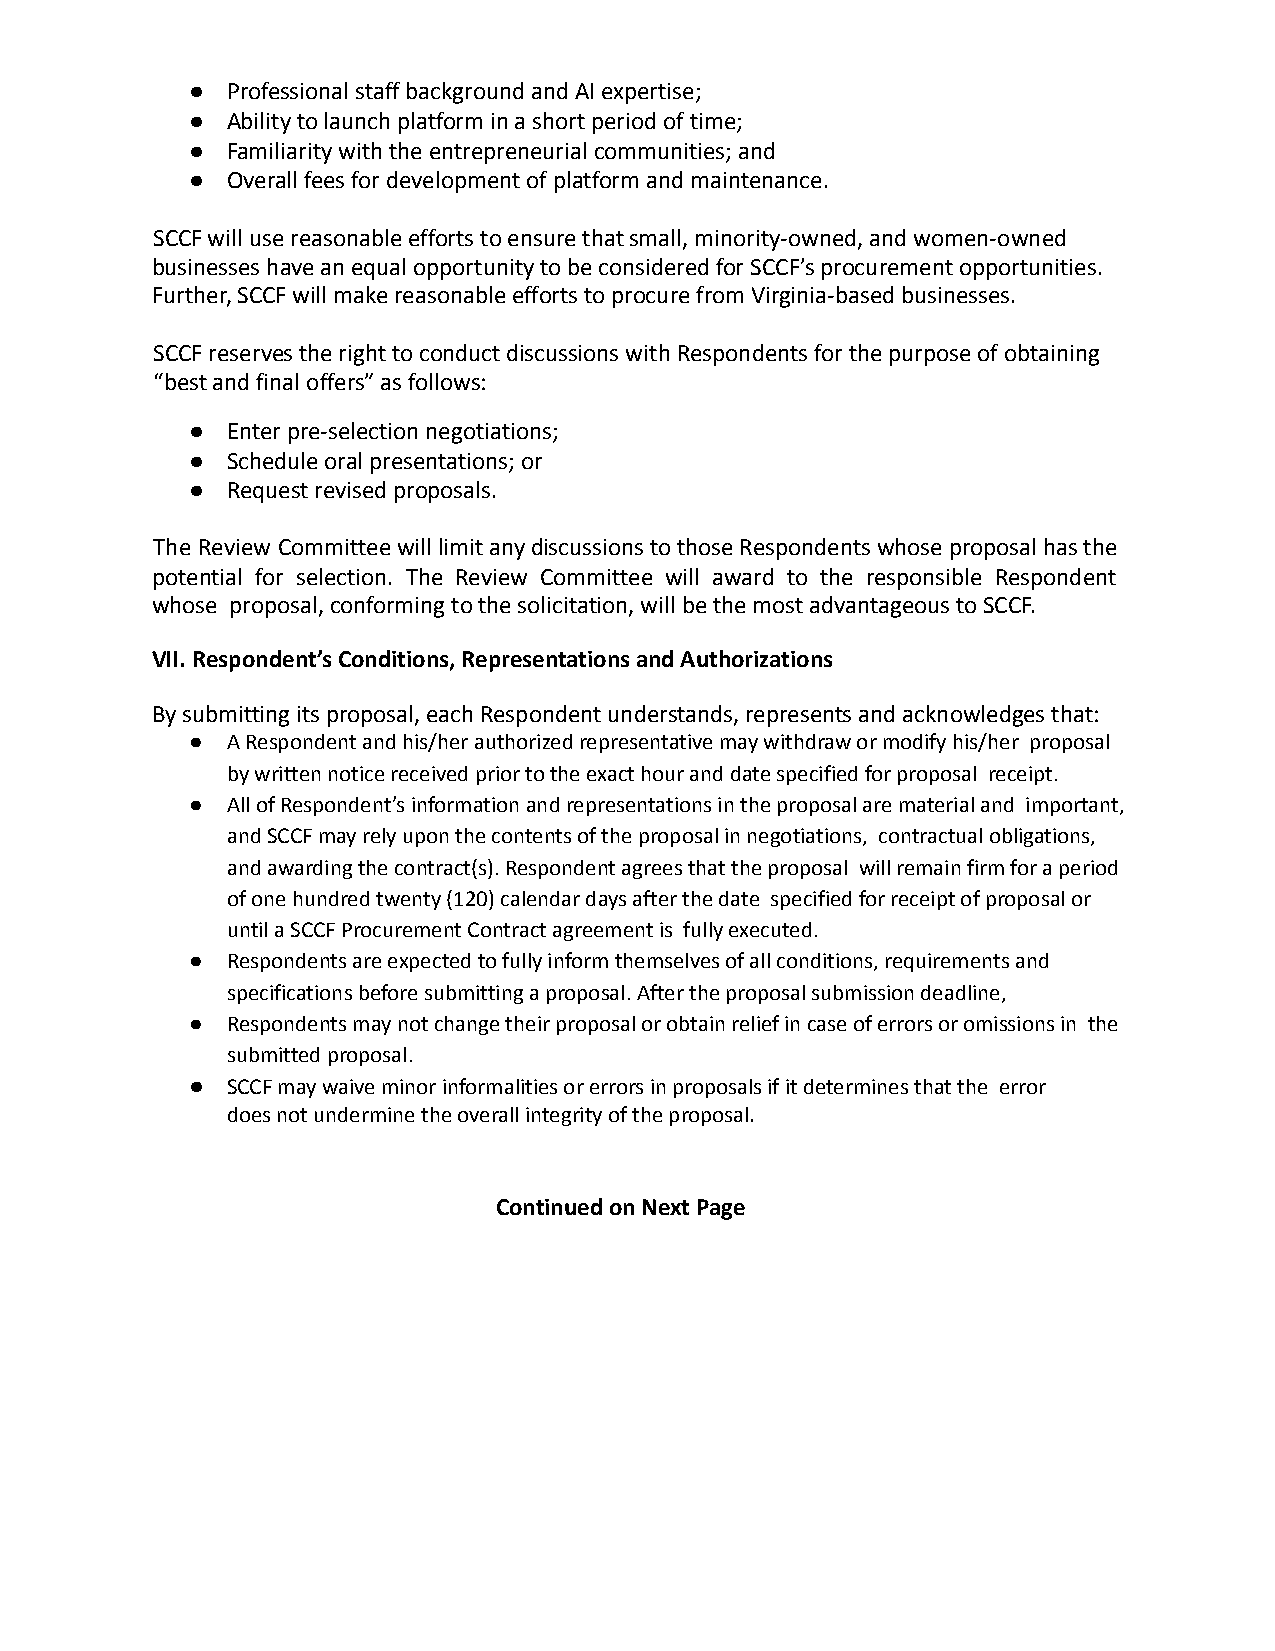
● Professional staff background and AI expertise;
 ● Ability to launch platform in a short period of time;
 ● Familiarity with the entrepreneurial communities; and
 ● Overall fees for development of platform and maintenance.
 SCCF will use reasonable efforts to ensure that small, minority-owned, and women-owned
 businesses have an equal opportunity to be considered for SCCF’s procurement opportunities.
 Further, SCCF will make reasonable efforts to procure from Virginia-based businesses.
 SCCF reserves the right to conduct discussions with Respondents for the purpose of obtaining
 “best and final offers” as follows:
 ● Enter pre-selection negotiations;
 ● Schedule oral presentations; or
 ● Request revised proposals.
 The Review CommitteewilllimitanydiscussionstothoseRespondentswhoseproposalhasthe
 potential for selection. The Review Committee will award to the responsible Respondent
 whose proposal, conforming to the solicitation, will be the most advantageous to SCCF.
 VII. Respondent’s Conditions, Representations and Authorizations
 By submitting its proposal, each Respondent understands, represents and acknowledges that:
 ● A Respondent and his/her authorized representative may withdraw or modify his/her proposal
 by written notice received prior to the exact hour and date specified for proposal receipt.
 ● All of Respondent’s information and representations in the proposal are material and important,
 and SCCF may rely upon the contents of the proposal in negotiations, contractual obligations,
 and awarding the contract(s). Respondent agrees that the proposal will remain firm for a period
 of one hundred twenty (120) calendar days after the date specified for receipt of proposal or
 until a SCCF Procurement Contract agreement is fully executed.
 ● Respondents are expected to fully inform themselves of all conditions, requirements and
 specifications before submitting a proposal. After the proposal submission deadline,
 ● Respondents may not change their proposal or obtain relief in case of errors or omissions in the
 submitted proposal.
 ● SCCF may waive minor informalities or errors in proposals if it determines that the error
 does not undermine the overall integrity of the proposal.
 Continued on Next Page